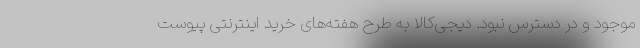
موجود و در دسترس نبود. دیجی‌کالا به طرح هفته‌های خرید اینترنتی پیوست